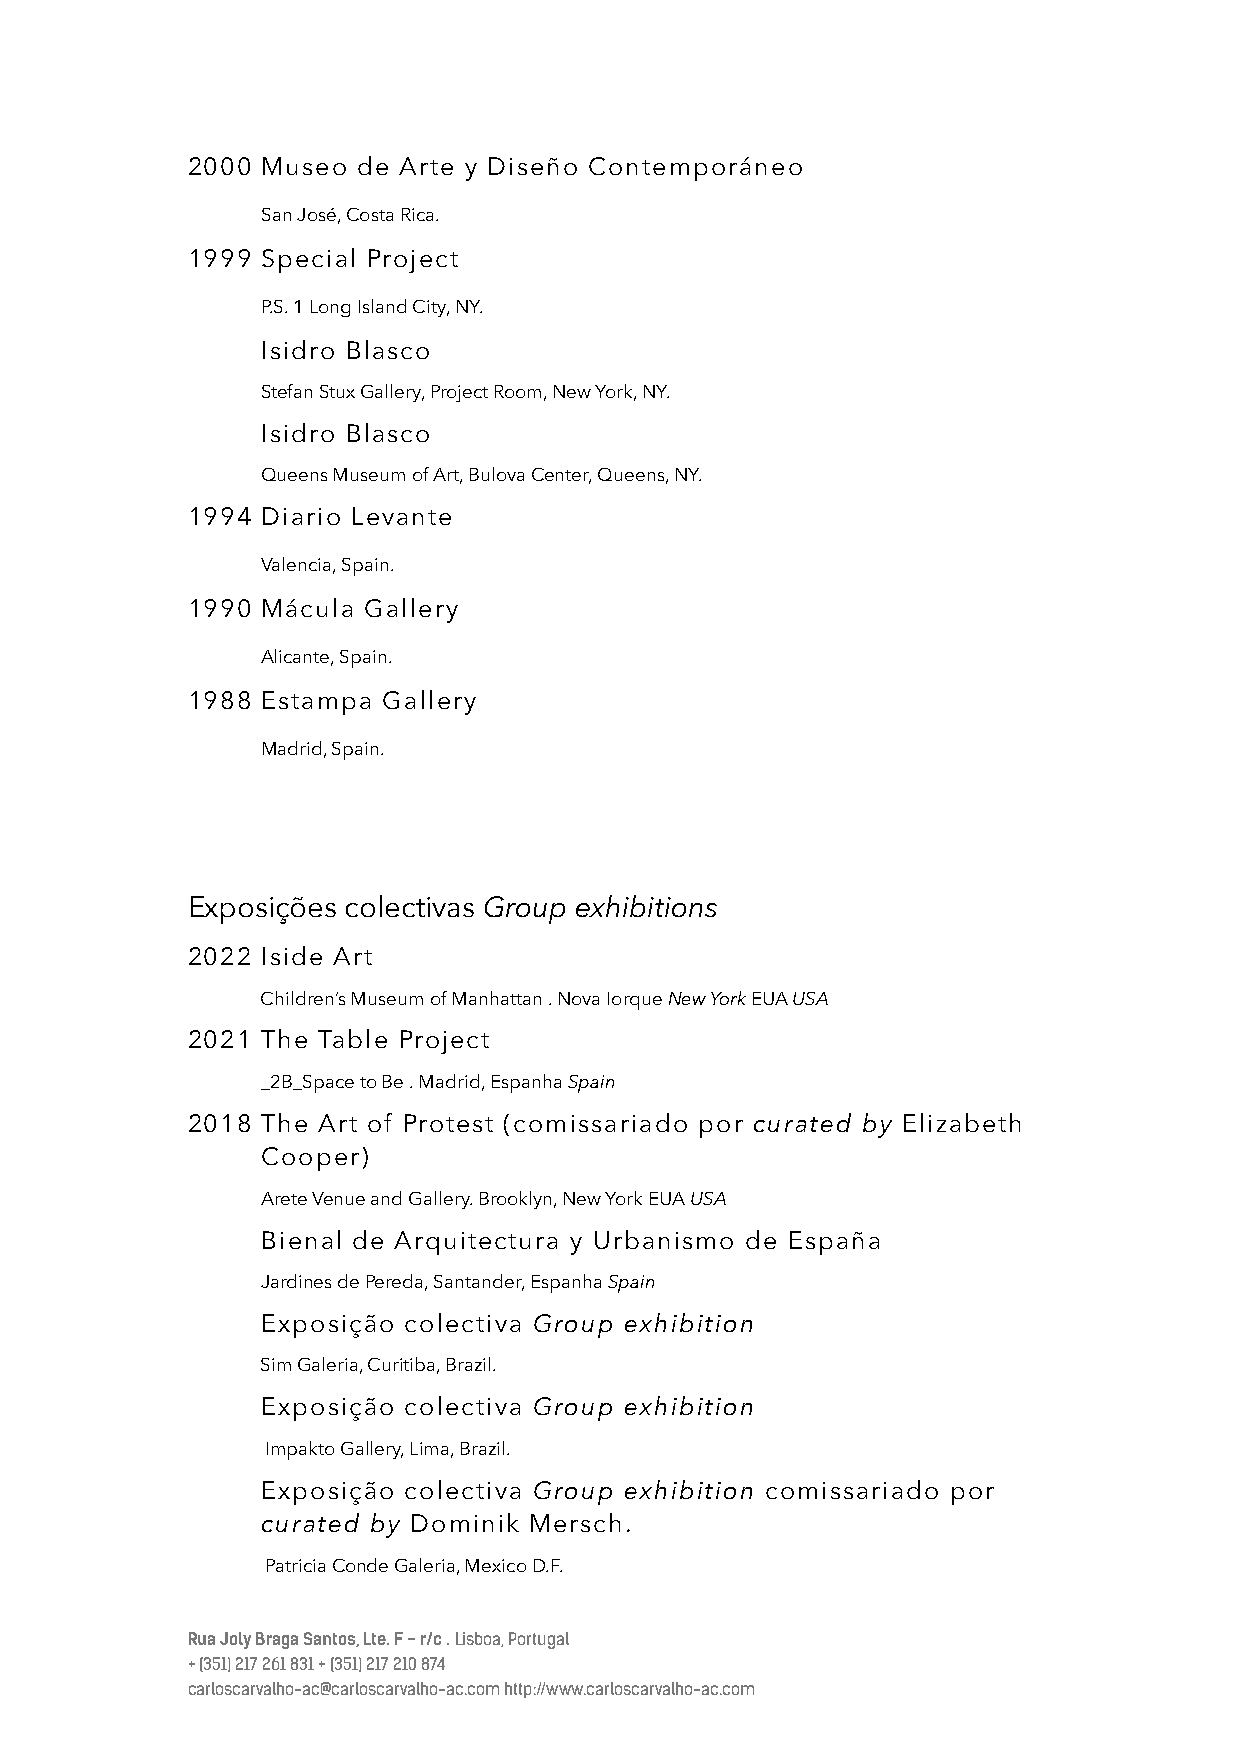
2000 Museo  de Arte y Diseño Contemporáneo
 San José, Costa Rica.
 1999 Special Project
 P.S. 1 Long Island City, NY.
 Isidro Blasco
 Stefan Stux Gallery, Project Room, New York, NY.
 Isidro Blasco
 Queens Museum of Art, Bulova Center, Queens, NY.
 1994 Diario Levante
 Valencia, Spain.
 1990 Mácula Gallery
 Alicante, Spain.
 1988 Estampa Gallery
 Madrid, Spain.
 Exposições colectivas Group exhibitions
 2022 Iside Art
 Children’s Museum of Manhattan . Nova Iorque New York EUA USA
 2021 The Table Project
 _2B_Space to Be . Madrid, Espanha Spain
 2018 The Art of Protest (comissariado por curated by Elizabeth
 Cooper)
 Arete Venue and Gallery. Brooklyn, New York EUA USA
 Bienal de Arquitectura y Urbanismo de España
 Jardines de Pereda, Santander, Espanha Spain
 Exposição colectiva Group exhibition
 Sim Galeria, Curitiba, Brazil.
 Exposição colectiva Group exhibition
 Impakto Gallery, Lima, Brazil.
 Exposição colectiva Group exhibition comissariado por
 curated by Dominik Mersch.
 Patricia Conde Galeria, Mexico D.F.
 Rua Joly Braga Santos, Lte. F - r/c . Lisboa, Portugal
 + (351) 217 261 831 + (351) 217 210 874
 carloscarvalho-ac@carloscarvalho-ac.com http://www.carloscarvalho-ac.com